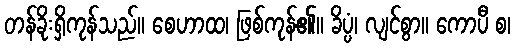
တန်ခိုးရှိကုန်သည်။ စေဟာထ၊ ဖြစ်ကုန်၏။ ခိပ္ပံ၊ လျင်စွာ။ ကောပီ စ၊